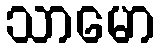
သာမော